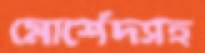
মোর্শেদসহ